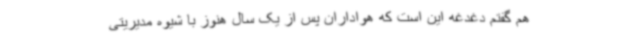
هم گفتم دغدغه این است که هواداران پس از یک سال هنوز با شیوه مدیریتی